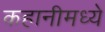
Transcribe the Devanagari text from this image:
कहानीमध्ये